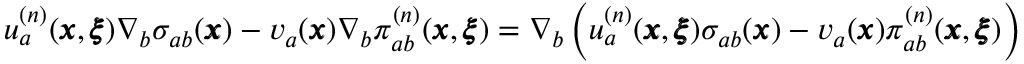
u _ { a } ^ { ( n ) } ( { \pmb x } , { \pmb \xi } ) \nabla _ { b } \sigma _ { a b } ( { \pmb x } ) - v _ { a } ( { \pmb x } ) \nabla _ { b } \pi _ { a b } ^ { ( n ) } ( { \pmb x } , { \pmb \xi } ) = \nabla _ { b } \left( u _ { a } ^ { ( n ) } ( { \pmb x } , { \pmb \xi } ) \sigma _ { a b } ( { \pmb x } ) - v _ { a } ( { \pmb x } ) \pi _ { a b } ^ { ( n ) } ( { \pmb x } , { \pmb \xi } ) \right)